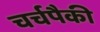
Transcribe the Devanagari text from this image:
चर्चपैकी